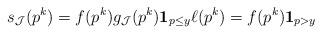
LaTeX: \begin{align*}s_{\mathcal{J}}(p^k) = f(p^k) g_{\mathcal{J}}(p^k) \mathbf{1}_{p \leq y} \ell(p^k) = f(p^k) \mathbf{1}_{p > y}\end{align*}